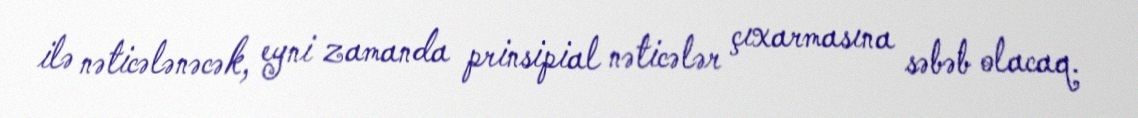
ilə nəticələnəcək, eyni zamanda prinsipial nəticələr çıxarmasına səbəb olacaq.